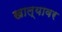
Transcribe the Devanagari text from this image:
खाल्यावर